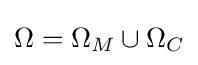
\Omega =\Omega _{M}\cup \Omega _{C}